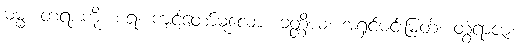
ဓမ္မံ၊ တရားကို။ စရ၊ ကျင့်တော်မူလော။ ခတ္တိယ၊ အရှင်မင်းမြတ်။ တွံရာဇာ၊